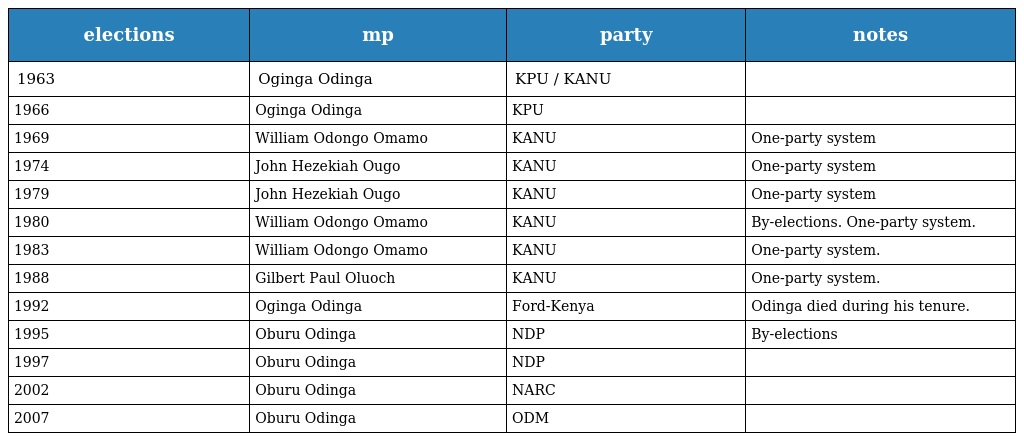
| elections | mp | party | notes |
 | --- | --- | --- | --- |
 | 1963 | Oginga Odinga | KPU / KANU |  |
 | 1966 | Oginga Odinga | KPU |  |
 | 1969 | William Odongo Omamo | KANU | One-party system |
 | 1974 | John Hezekiah Ougo | KANU | One-party system |
 | 1979 | John Hezekiah Ougo | KANU | One-party system |
 | 1980 | William Odongo Omamo | KANU | By-elections. One-party system. |
 | 1983 | William Odongo Omamo | KANU | One-party system. |
 | 1988 | Gilbert Paul Oluoch | KANU | One-party system. |
 | 1992 | Oginga Odinga | Ford-Kenya | Odinga died during his tenure. |
 | 1995 | Oburu Odinga | NDP | By-elections |
 | 1997 | Oburu Odinga | NDP |  |
 | 2002 | Oburu Odinga | NARC |  |
 | 2007 | Oburu Odinga | ODM |  |